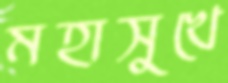
মহাসুখে